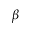
\beta